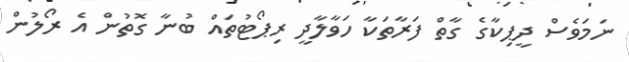
ނަމަވެސް ދީޕިކާގެ ގާތް ފަރާތަކާ ހަވާލާދީ ރިޕޯޓުތައް ބުނާ ގޮތުން އެ ރޯލުން